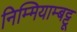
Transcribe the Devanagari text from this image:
निम्मियाम्बट्टू